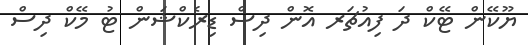
ޔޫކޭން ޓޭކް ދަ ފިއުޗަރ އޮން ދިސް ޑިރެކްޝަން ޓު މޭކް ދިސް